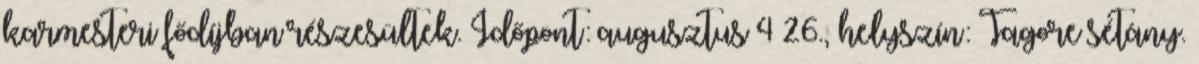
karmesteri fődíjban részesültek. Időpont: augusztus 4–26., helyszín: Tagore sétány.